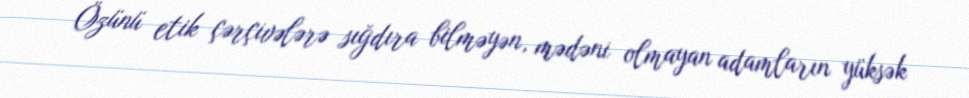
Özünü etik çərçivələrə sığdıra bilməyən, mədəni olmayan adamların yüksək